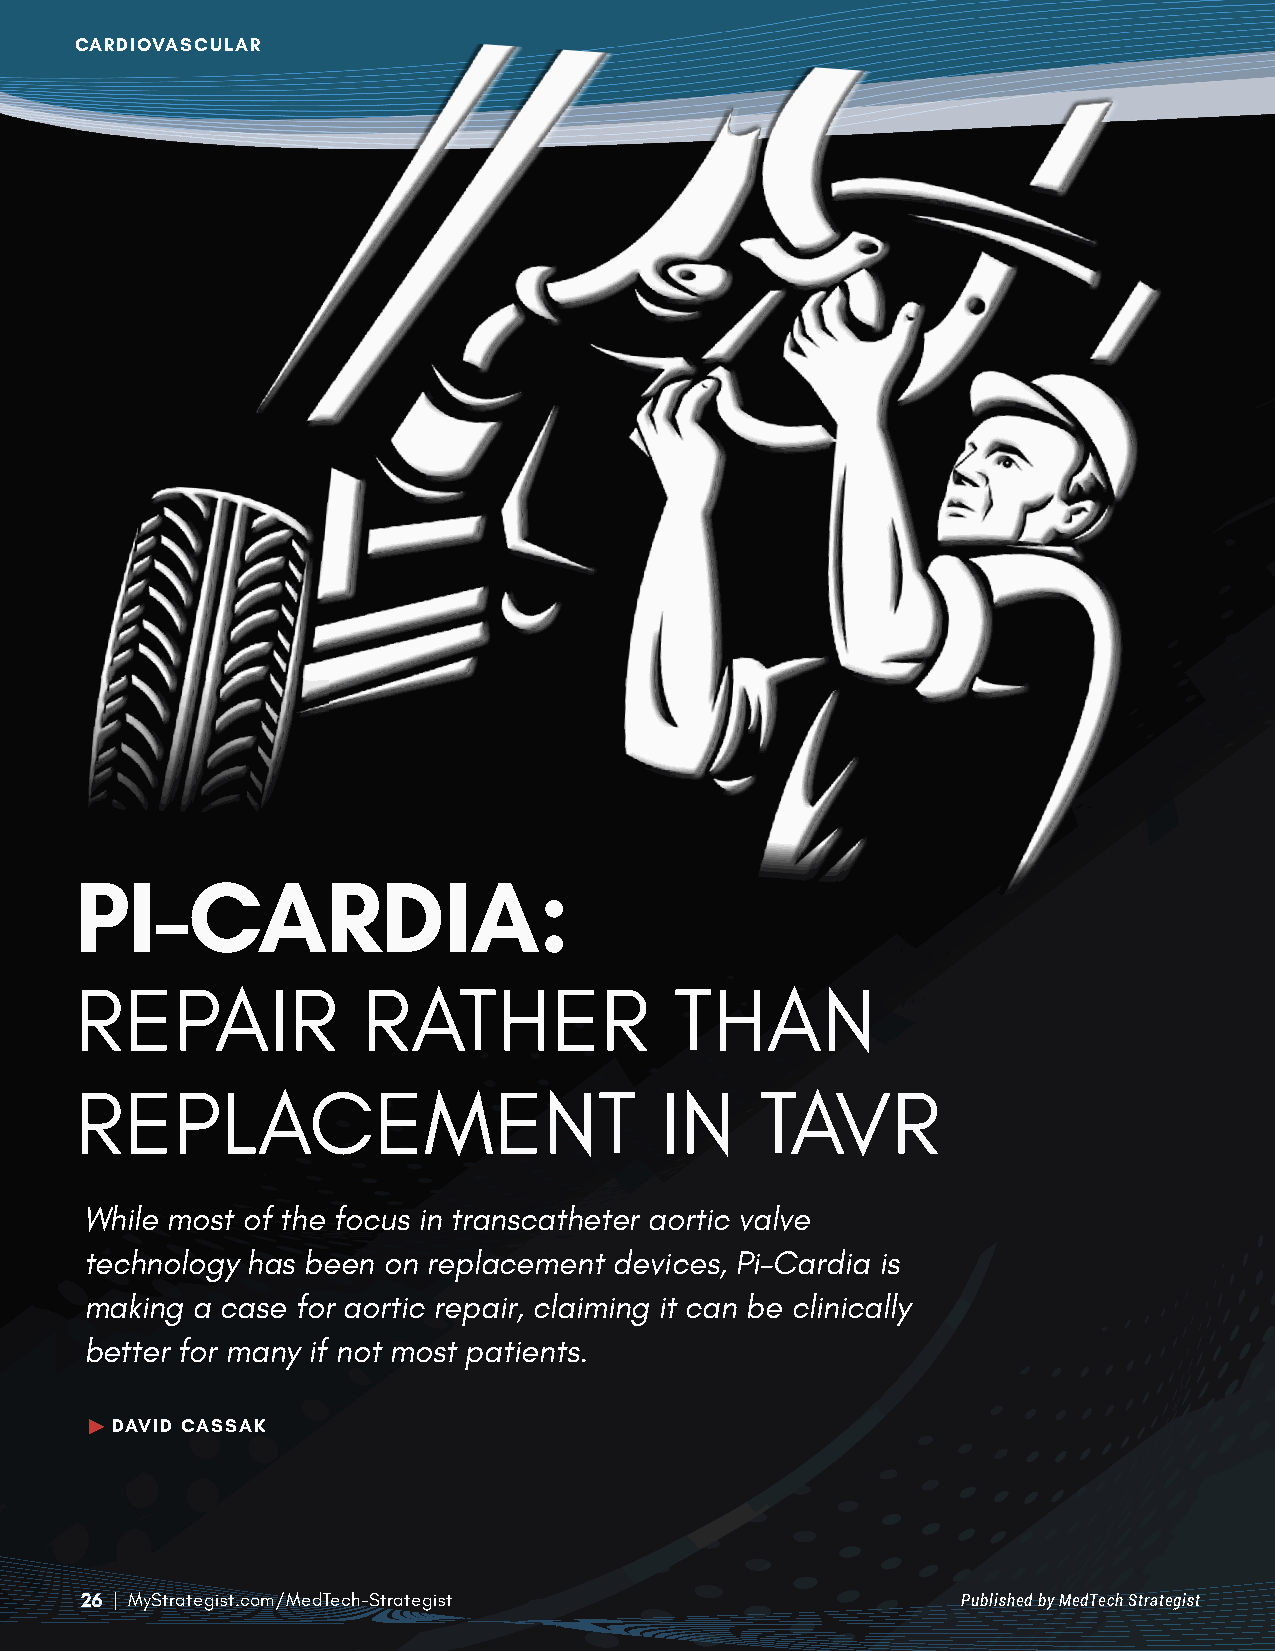
CARDIOVASCULAR
 PI-CARDIA:
 REPAIR             RATHER               THAN
 REPLACEMENT                            IN    TAVR
 While most of the focus in transcatheter aortic valve
 technology has been on replacement devices, Pi-Cardia is
 making  a case for aortic repair, claiming it can be clinically
 better for many if not most patients.
 ► DAVID CASSAK
 2 6 | MyStrategist.com/MedTech-Strategist                  Published by MedTech Strategist
 www.